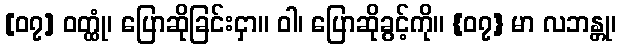
[၀၇] ဝတ္ထုံ၊ ပြောဆိုခြင်းငှာ။ ဝါ၊ ပြောဆိုခွင့်ကို။ {၀၇} မာ လဘန္တု၊